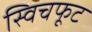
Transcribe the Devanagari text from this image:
स्विचफूट